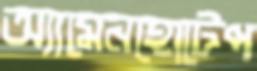
অ্যামেনহোটেপ